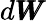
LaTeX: d\pmb{W}